Code of medical and sanitary regulations for the guidance of medical officers serving in the Madras Presidency - Volume I
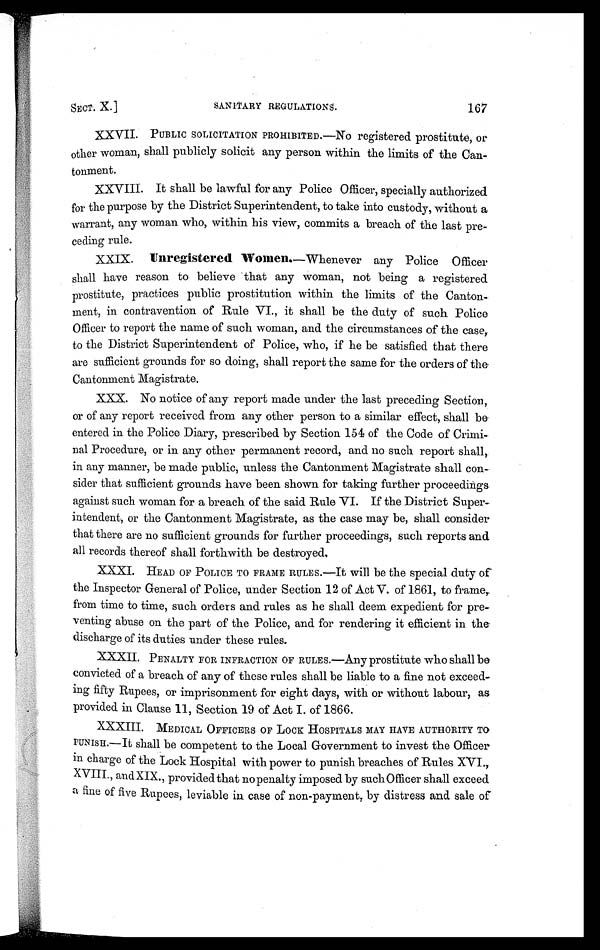
SECT. X]
SANITARY REGULATIONS.
167
XXVII.
PUBLIC SOLICITATION PROHIBITE D.—No registered prostitute, or
other woman, shall publicly solicit any person within the limits of the Can-
tonment.
XXVIII.
It shall be lawful for any Police Officer, specially authorized
for the purpose by the District Superintendent, to take into custody, without a
warrant, any woman who, within his view, commits a breach of the last pre-
ceding rule.
XXIX.
Unregistered Women.—Whenever any Police Officer
shall have reason to believe that any woman, not being a registered
prostitute, practices public prostitution within the limits of the Canton-
ment, in contravention of Rule VI., it shall be the duty of such Police
Officer to report the name of such woman, and the circumstances of the case,
to the District Superintendent of Police, who, if he be satisfied that there
are sufficient grounds for so doing, shall report the same for the orders of the
Cantonment Magistrate.
XXX.
No notice of any report made under the last preceding Section,
or of any report received from any other person to a similar effect, shall be
entered in the Police Diary, prescribed by Section 154 of the Code of Crimi-
nal Procedure, or in any other permanent record, and no such report shall,
in any manner, be made public, unless the Cantonment Magistrate shall con-
sider that sufficient grounds have been shown for taking further proceedings
against such woman for a breach of the said Rule VI. If the District Super-
intendent, or the Cantonment Magistrate, as the case may be, shall consider
that there are no sufficient grounds for further proceedings, such reports and
all records thereof shall forthwith be destroyed.
XXXI. HEAD OF POLICE TO FRAME RULES.—It will be the special duty of
the Inspector General of Police, under Section 12 of Act V. of 1861, to framer,
from time to time, such orders and rules as he shall deem expedient for pre-
venting abuse on the part of the Police, and for rendering it efficient in the
discharge of its duties under these rules.
XXXII.
PENALTY FOR INFRACTION OF RULES.—Any prostitute who shall be
convicted of a breach of any of these rules shall be liable to a fine not exceed-
ing fifty Rupees, or imprisonment for eight days, with or without labour, as
provided in Clause 11, Section 19 of Act I. of 1866.
XXXIII.
MEDICAL OFFICERS OF LOCK HOSPITALS MAY HAVE AUTHORITY TO
PUNISH.—It shall be competent to the Local Government to invest the Officer
in charge of the Lock Hospital with power to punish breaches of Rules XVI.,
XVIII., and XIX., provided that no penalty imposed by such Officer shall exceed
a fine of five Rupees, leviable in case of non-payment, by distress and sale of